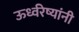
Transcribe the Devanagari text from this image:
ऊर्ध्वरेष्यांनी